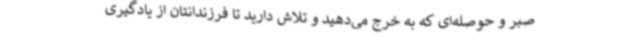
صبر و حوصله‌ای که به خرج می‌دهید و تلاش دارید تا فرزندانتان از یادگیری